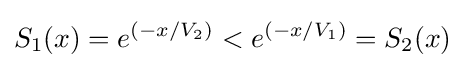
S_{1}(x)=e^{(-x/V_{2})}<e^{(-x/V_{1})}=S_{2}(x)